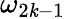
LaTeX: \omega_{2\mathit{k}-1}